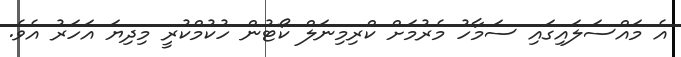
އެ މައްސަލައިގައި ސަމާހު މެރުމަށް ކްރިމިނަލް ކޯޓުން ހުކުމްކުރީ މިދިޔަ އަހަރު އެވެ.